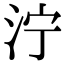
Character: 泞